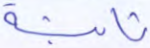
ثابتة